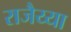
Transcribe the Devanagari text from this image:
राजैय्या